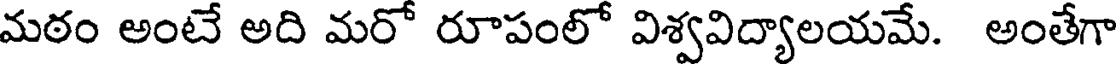
మఠం అంటే అది మరో రూపంలో విశ్వవిద్యాలయమే. అంతేగా